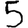
Digit: 5